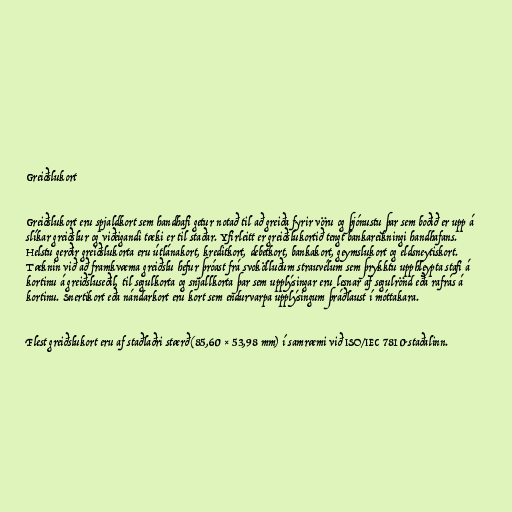
Greiðslukort

Greiðslukort eru spjaldkort sem handhafi getur notað til að greiða fyrir vöru og þjónustu þar sem boðið er upp á
slíkar greiðslur og viðeigandi tæki er til staðar. Yfirleitt er greiðslukortið tengt bankareikningi handhafans.
Helstu gerðir greiðslukorta eru útlánakort, kreditkort, debetkort, bankakort, geymslukort og eldsneytiskort.
Tæknin við að framkvæma greiðslu hefur þróast frá svokölluðum strauvélum sem þrykktu upphleypta stafi á
kortinu á greiðsluseðil, til segulkorta og snjallkorta þar sem upplýsingar eru lesnar af segulrönd eða rafrás á
kortinu. Snertikort eða nándarkort eru kort sem endurvarpa upplýsingum þráðlaust í móttakara.

Flest greiðslukort eru af staðlaðri stærð (85,60 × 53,98 mm) í samræmi við ISO/IEC 7810-staðalinn.